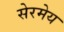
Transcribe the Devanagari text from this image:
सेरमेय